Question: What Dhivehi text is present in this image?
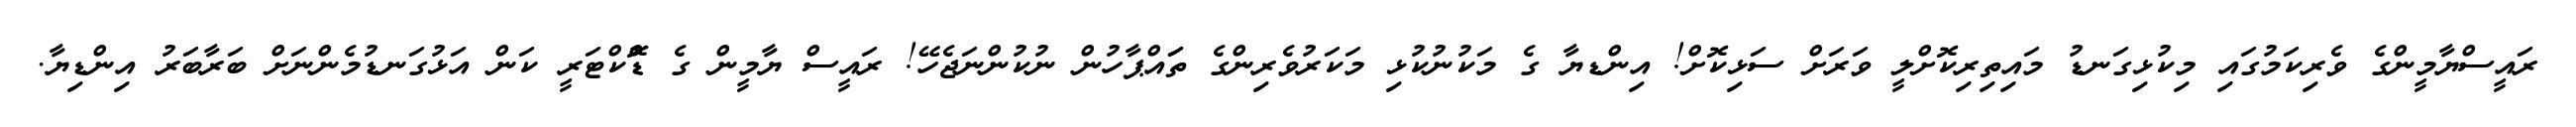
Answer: ރައީސްޔާމީންގެ ވެރިކަމުގައި މިކުޅިގަނޑު މައިތިރިކޮށްލީ ވަރަށް ސަޅިކޮށް! އިންޑޔާ ގެ މަކުނުކުޅި މަކަރުވެރިންގެ ތަައްޕާހުން ނުކުންނަޖެހޭ! ރައީސް ޔާމީން ގެ ޑޮްކްޓަރީ ކަން އަޅުގަނޑުމެންނަށް ބަރާބަރު އިންޑިޔާ.